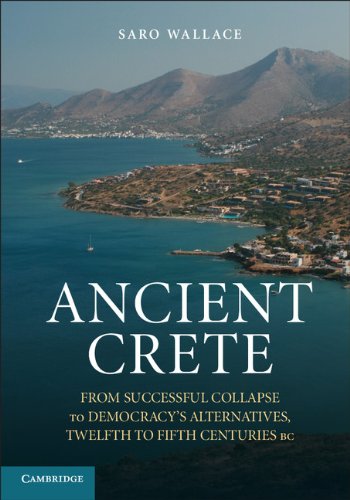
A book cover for Ancient Crete: From Successful Collapse to Democracy's Alternatives, Twelfth-Fifth Centuries BC; Saro Wallace; History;